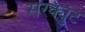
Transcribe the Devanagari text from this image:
सरक्युट